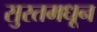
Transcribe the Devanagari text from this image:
सुरतमधून